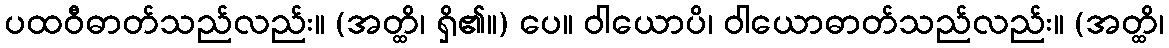
ပထဝီဓာတ်သည်လည်း။ (အတ္ထိ၊ ရှိ၏။) ပေ။ ဝါယောပိ၊ ဝါယောဓာတ်သည်လည်း။ (အတ္ထိ၊